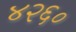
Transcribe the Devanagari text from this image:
४२६०